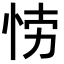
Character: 𭜲